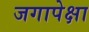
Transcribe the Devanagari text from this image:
जगापेक्षा